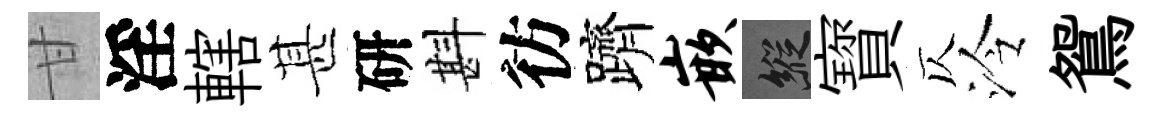
甘淫轄甚研斟彷躋嵌縱寳仄泠鴛